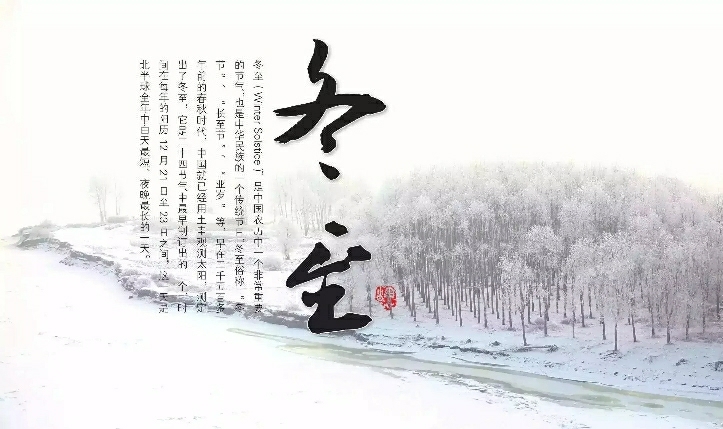
天时人事日相催，冬至阳生春又来。